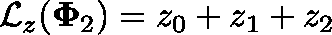
\mathcal { L } _ { z } ( \mathbf { \Phi } _ { 2 } ) = z _ { 0 } + z _ { 1 } + z _ { 2 }